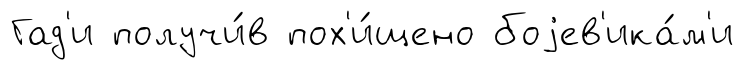
Гад'и получи́в пох'и́щено боjев'ика́м'и